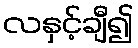
လနှင့်ချီ၍